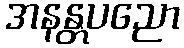
အနန္တပညော